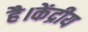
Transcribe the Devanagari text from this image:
है।केंद्रीय